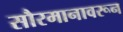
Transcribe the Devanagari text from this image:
सौरमानावरून